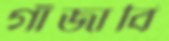
গাঁজাবি